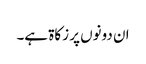
ان دونوں پر زکاۃ ہے۔